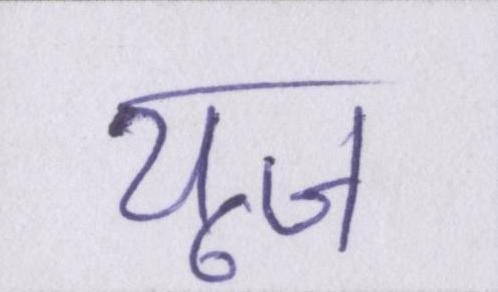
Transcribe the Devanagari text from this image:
यूज